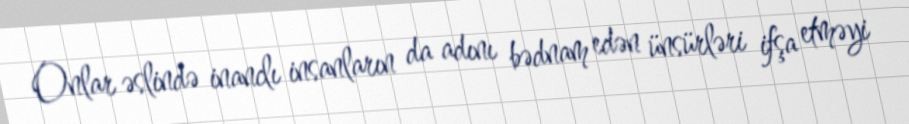
Onlar əslində inanclı insanların da adını bədnam edən ünsürləri ifşa etməyi